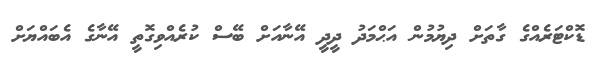
ޑޮކްޓަރެއްގެ ގާތަށް ދިޔުމުން އަޙްމަދު ދީދީ އޭނާއަށް ބޭސް ކުރެއްވިގޮތީ އޭނާގެ އެބައްޔަށް